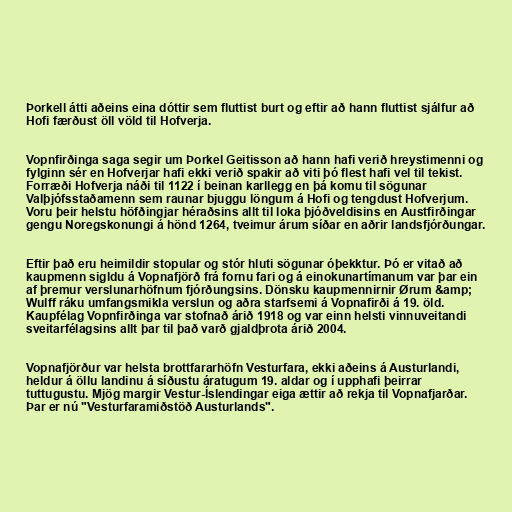
Þorkell átti aðeins eina dóttir sem fluttist burt og eftir að hann fluttist sjálfur að
Hofi færðust öll völd til Hofverja.

Vopnfirðinga saga segir um Þorkel Geitisson að hann hafi verið hreystimenni og
fylginn sér en Hofverjar hafi ekki verið spakir að viti þó flest hafi vel til tekist.
Forræði Hofverja náði til 1122 í beinan karllegg en þá komu til sögunar
Valþjófsstaðamenn sem raunar bjuggu löngum á Hofi og tengdust Hofverjum.
Voru þeir helstu höfðingjar héraðsins allt til loka þjóðveldisins en Austfirðingar
gengu Noregskonungi á hönd 1264, tveimur árum síðar en aðrir landsfjórðungar.

Eftir það eru heimildir stopular og stór hluti sögunar óþekktur. Þó er vitað að
kaupmenn sigldu á Vopnafjörð frá fornu fari og á einokunartímanum var þar ein
af þremur verslunarhöfnum fjórðungsins. Dönsku kaupmennirnir Ørum &amp;
Wulff ráku umfangsmikla verslun og aðra starfsemi á Vopnafirði á 19. öld.
Kaupfélag Vopnfirðinga var stofnað árið 1918 og var einn helsti vinnuveitandi
sveitarfélagsins allt þar til það varð gjaldþrota árið 2004.

Vopnafjörður var helsta brottfararhöfn Vesturfara, ekki aðeins á Austurlandi,
heldur á öllu landinu á síðustu áratugum 19. aldar og í upphafi þeirrar
tuttugustu. Mjög margir Vestur-Íslendingar eiga ættir að rekja til Vopnafjarðar.
Þar er nú "Vesturfaramiðstöð Austurlands".